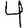
Digit: 4